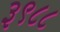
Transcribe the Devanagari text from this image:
३९८८